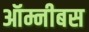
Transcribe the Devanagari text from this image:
ऑम्नीबस